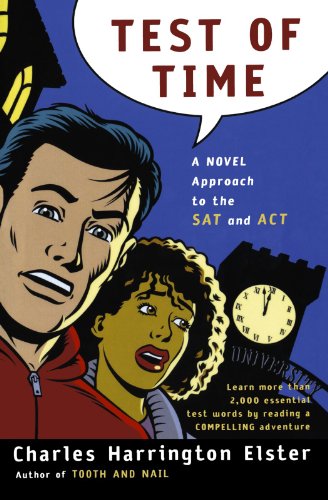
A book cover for Test of Time: A Novel Approach to the SAT and ACT (Harvest Original); Charles Harrington Elster; Test Preparation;